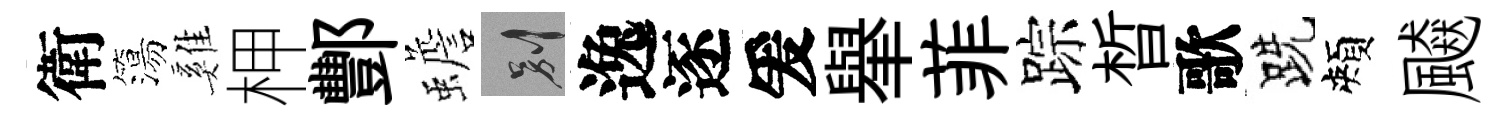
衛簜雞柙酆蟾别逸逐爰𦦙菲踪晳歌跣頰飇